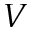
V